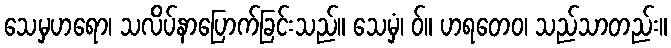
သေမှဟရော၊ သလိပ်နာပြောက်ခြင်းသည်။ သေမှံ၊ ဝ်။ ဟရတေဝ၊ သည်သာတည်း။